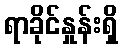
ရာခိုင်နှုန်းရှိ